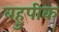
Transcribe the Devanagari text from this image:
बहुपीक